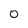
Character: 0